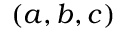
( \boldsymbol a , \boldsymbol b , \boldsymbol c )